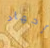
إجهاد